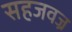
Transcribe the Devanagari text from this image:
सहजवज्र